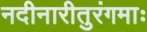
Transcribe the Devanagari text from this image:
नदीनारीतुरंगमाः